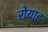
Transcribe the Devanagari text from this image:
रोयाट